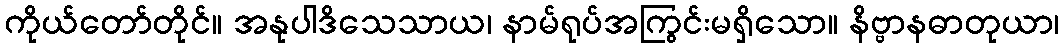
ကိုယ်တော်တိုင်။ အနုပါဒိသေသာယ၊ နာမ်ရုပ်အကြွင်းမရှိသော။ နိဗ္ဗာနဓာတုယာ၊